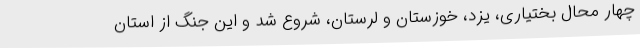
چهار محال بختیاری، یزد، خوزستان و لرستان، شروع شد و این جنگ از استان